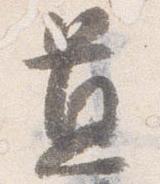
置